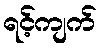
ရင့်ကျက်